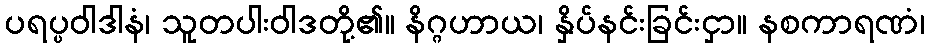
ပရပ္ပဝါဒါနံ၊ သူတပါးဝါဒတို့၏။ နိဂ္ဂဟာယ၊ နှိပ်နင်းခြင်းငှာ။ နစကာရဏံ၊